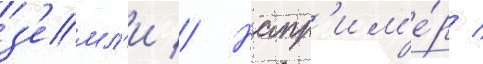
з'емл'и // Напр'им'е́р /